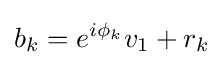
b_{k}=e^{i\phi _{k}}v_{1}+r_{k}